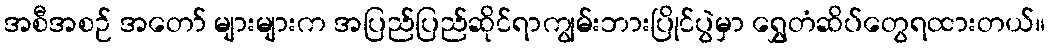
အစီအစဉ် အတော် များများက အပြည်ပြည်ဆိုင်ရာကျွမ်းဘားပြိုင်ပွဲမှာ ရွှေတံဆိပ်တွေရထားတယ်။